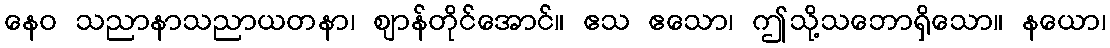
နေဝ သညာနာသညာယတနာ၊ ဈာန်တိုင်အောင်။ ဧသ ဧသော၊ ဤသို့သဘောရှိသော။ နယော၊